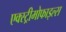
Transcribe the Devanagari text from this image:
एक्स्ट्रीमोफाइल्स